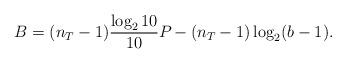
LaTeX: \begin{align*}B = (n_T-1) \frac{\log_2 10}{10} P_{} - (n_T -1)\log_2(b-1).\end{align*}